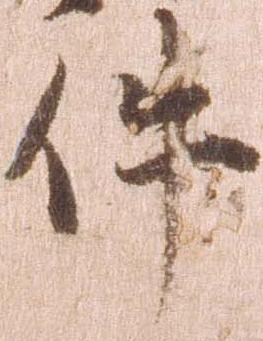
件